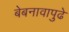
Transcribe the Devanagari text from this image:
बेबनावापुढे